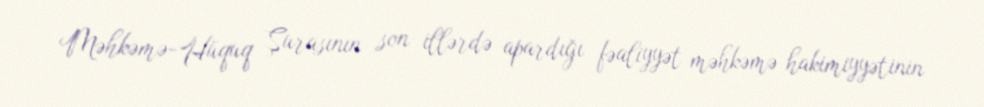
Məhkəmə-Hüquq Şurasının son illərdə apardığı fəaliyyət məhkəmə hakimiyyətinin